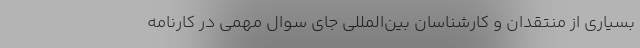
بسیاری از منتقدان و کارشناسان بین‌المللی جای سوال مهمی در کارنامه